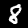
Label: 8